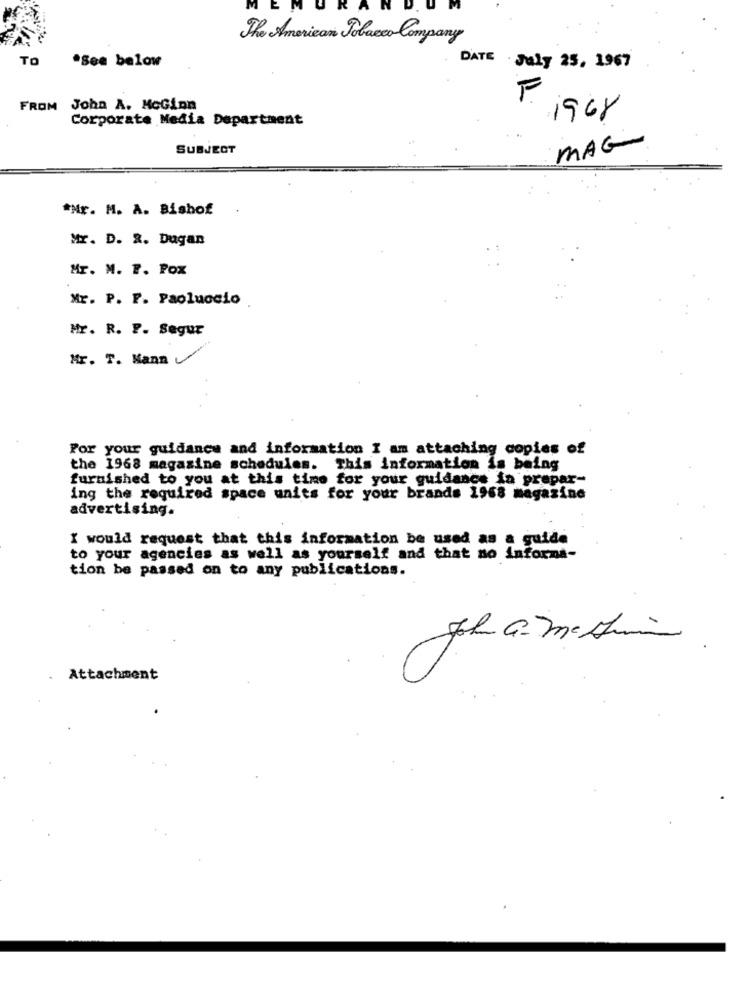
EM
The American Tobacco Company
TO
.See below
DATE July 25, 1967
F
FROM John A. MoGion
Corporate Media Department
1968
SUBJECT
MAG
*Nr. M. A. Bishof
Mr. D. R. Dugan
Mr. M. F. Pox
Mr. P. F. Paoluccio
Mr. R. P. Segur
Mr. T. Mann
For your guidance and information I am attaching copies of
the 1968 magazine schedules. This information is being
furnished to you at this time for your guidance in prepar-
ing the required space units for your brands 1968 magazine
advertising.
I would request that this information be used as a guide
to your agencies as well as yourself and that no informa-
tion be passed on to any publications.
Attachment